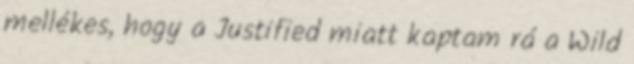
mellékes, hogy a Justified miatt kaptam rá a Wild